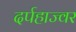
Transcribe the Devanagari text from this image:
दर्पहाज्वर